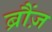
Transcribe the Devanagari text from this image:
ब्रौंज़